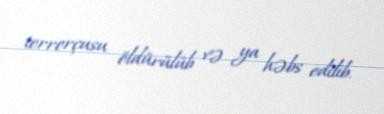
terrorçusu öldürülüb və ya həbs edilib.